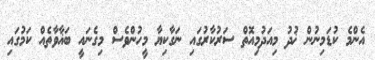
އެންމެ ކުޑަމިނުން ޚުދު މިއަދުމިއޮތް ސަރުކާރުގައި ނަގާކިޔާ މީހުންވެސް މިގެނައީ ބަޣާވާތެއް ކަމުގައި